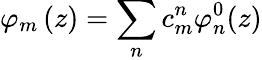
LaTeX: {\varphi}_{m}\left(z\right)=\sum_{n}{c_{m}^{n}}{\varphi}_{n}^{0}(z)